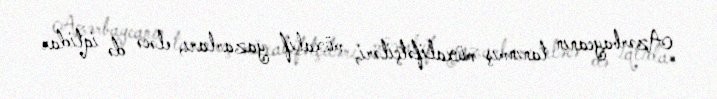
Azərbaycanın tanınmış müxalifətçiləri, müxalif yazarları, eləcə də iqtidar